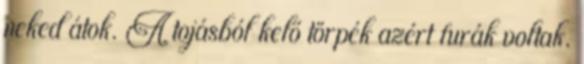
neked átok. A tojásból kelő törpék azért furák voltak.